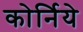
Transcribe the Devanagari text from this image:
कोर्निये